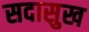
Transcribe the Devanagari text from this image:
सदासुख